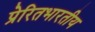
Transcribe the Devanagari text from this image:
प्रेरितभारतीय